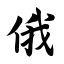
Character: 俄